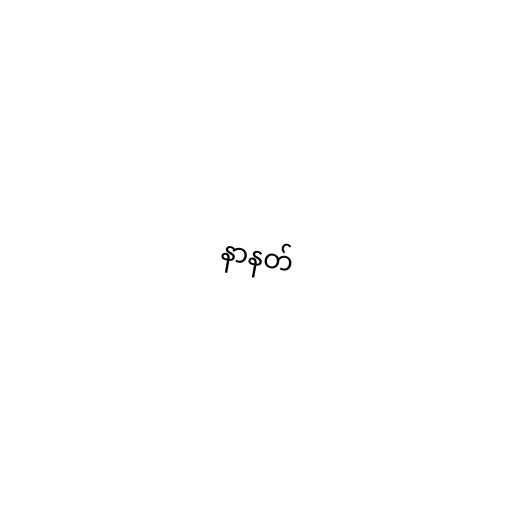
နာနတ်